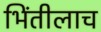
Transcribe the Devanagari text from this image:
भिंतीलाच